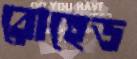
রোহেড